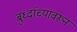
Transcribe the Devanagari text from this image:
बुध्दांच्यावरून